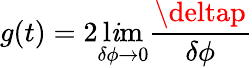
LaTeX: g(t)=2\operatorname*{l\mathit{i}m}_{\delta\phi\rightarrow0}\frac{{\deltap}}{{\delta\phi}}